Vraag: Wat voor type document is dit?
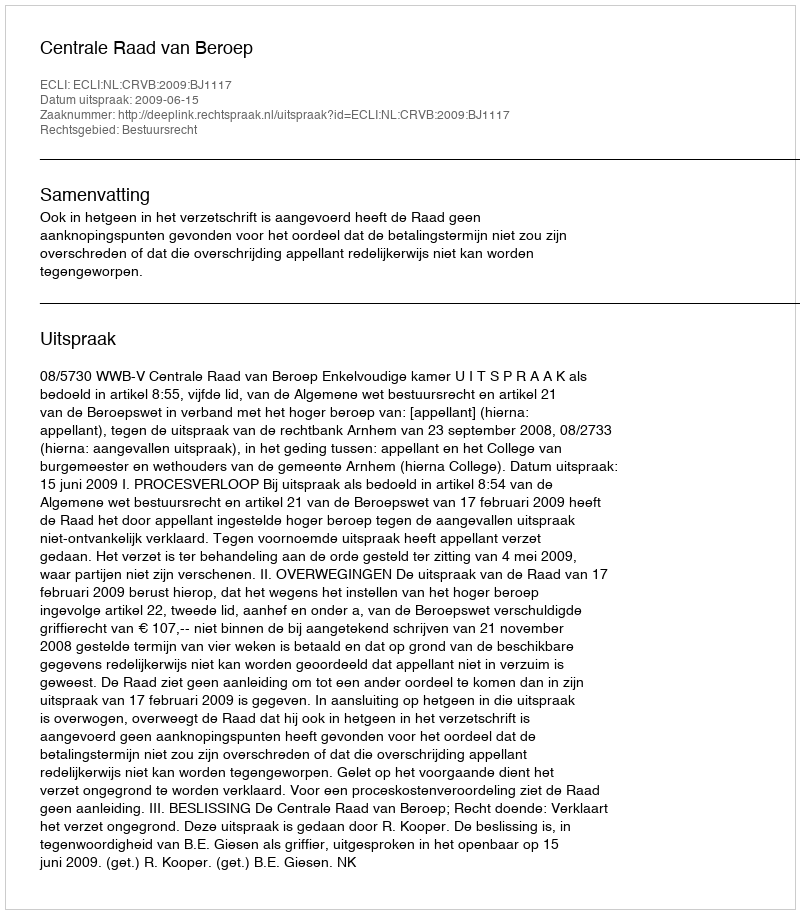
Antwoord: Uitspraak